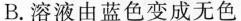
B.溶液由蓝色变成无色